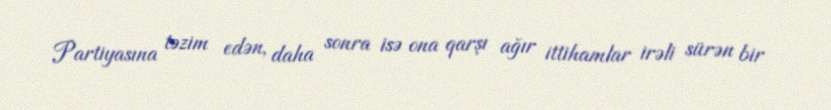
Partiyasına təzim edən, daha sonra isə ona qarşı ağır ittihamlar irəli sürən bir